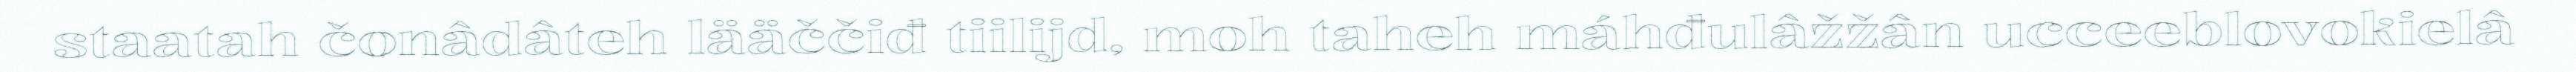
staatah čonâdâteh lääččiđ tiilijd, moh taheh máhđulâžžân ucceeblovokielâ